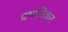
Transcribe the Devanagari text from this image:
प्रभाविकत